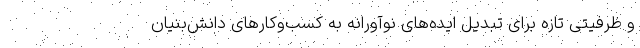
و ظرفیتی تازه برای تبدیل ایده‌های نوآورانه به کسب‌وکارهای دانش‌بنیان